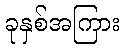
ခုနှစ်အကြား